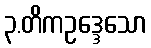
၃.တိကဥဒ္ဒေသော